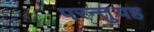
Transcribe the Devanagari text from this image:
परन्तुयह